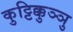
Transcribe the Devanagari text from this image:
कुट्टिक्कुञ्ञु